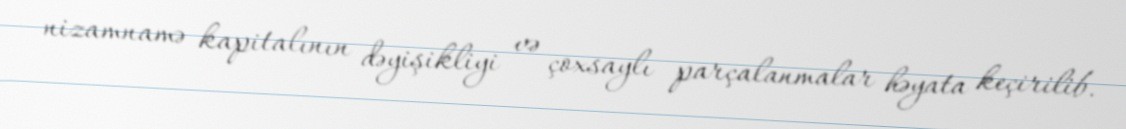
nizamnamə kapitalının dəyişikliyi və çoxsaylı parçalanmalar həyata keçirilib.